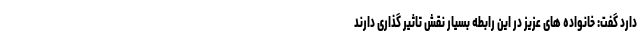
دارد گفت: خانواده های عزیز در این رابطه بسیار نقش تاثیر گذاری دارند